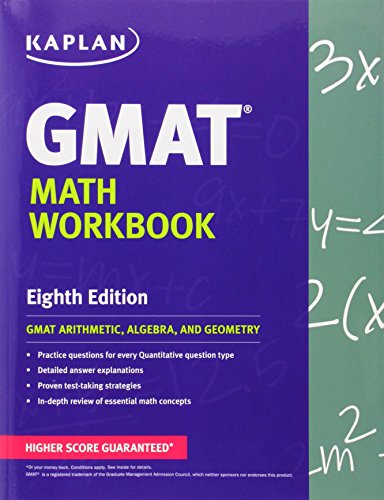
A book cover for Kaplan GMAT Math Workbook (Kaplan Test Prep); Kaplan; Test Preparation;